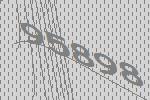
95898